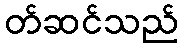
တ်ဆင်သည်